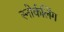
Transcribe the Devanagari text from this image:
स्‍नोर्कलिंग